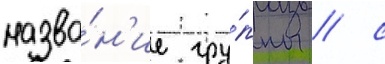
назва́н'ие гру́ппы / с